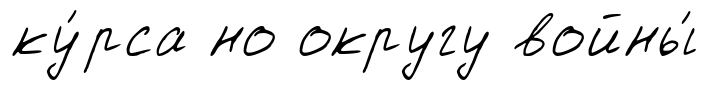
ку́рса но округу войны́